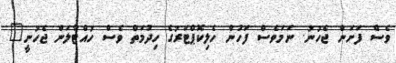
ވެސް ފަށަން ޖެހުނު. ނަމަވެސް ފަހުން ހެލިކޮޕްޓަރުގެ ހިދުމަތް ވެސް ހުއްޓާލަން ޖެހުނީ"